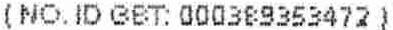
(NO.ID GST: 000389353472)